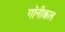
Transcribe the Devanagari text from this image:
गॉनीकल